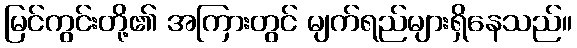
မြင်ကွင်းတို့၏ အကြားတွင် မျက်ရည်များရှိနေသည်။